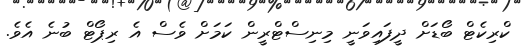
ކްރިކެޓް ބޯޑަށް ދީފައިވަނީ މިނިސްޓްރީން ކަމަށް ވެސް އެ ރިޕޯޓް ބުނެ އެވެ.